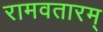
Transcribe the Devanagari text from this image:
रामवतारम्‌